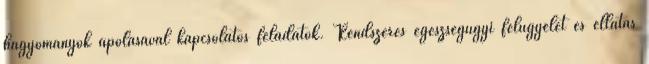
hagyományok ápolásával kapcsolatos feladatok. Rendszeres egészségügyi felügyelet és ellátás